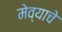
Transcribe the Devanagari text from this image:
मेव्याचे